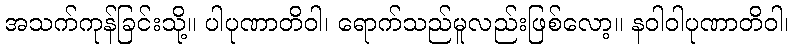
အသက်ကုန်ခြင်းသို့။ ပါပုဏာတိဝါ၊ ရောက်သည်မူလည်းဖြစ်လော့။ နဝါဝါပုဏာတိဝါ၊